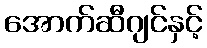
အောက်ဆီဂျင်နှင့်